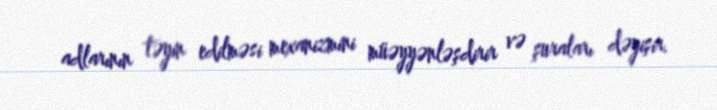
adlarının təyin edilməsi mexanizmini müəyyənləşdirir və şuraları dəyişir.